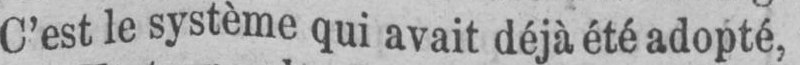
C’est le système qui avait déjà été adopté,